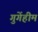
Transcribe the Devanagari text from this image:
गुगेंहीम